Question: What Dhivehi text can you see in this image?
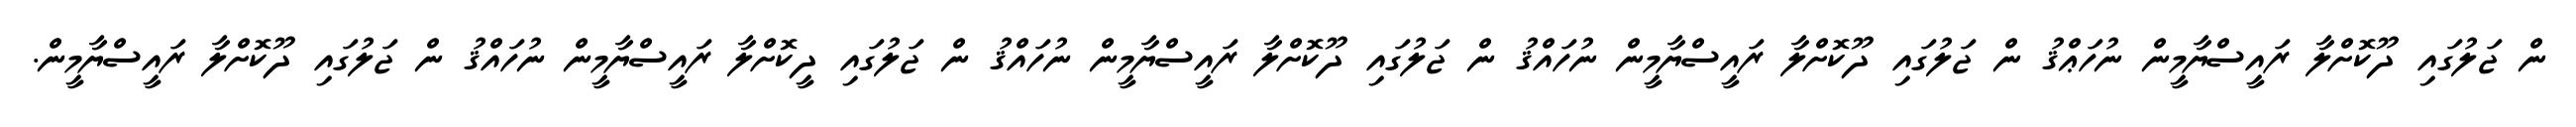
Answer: ން ޖަލުގައި ދޫކޮށްލާ ރައީސްޔާމީން ނުހަޢްޤު ން ޖަލުގައި ދޫކޮށްލާ ރައީސްޔާމީން ނުހައްޤު ން ޖަލުގައި ދޫކޮށްލާ ރައީސްޔާމީން ނުހައްޤު ން ޖަލުގައި ދީކޮށްލާ ރައީސްޔާމީން ނުހައްޤު ން ޖަލުގައި ދޫކޮށްލާ ރައީސްޔާމީން.